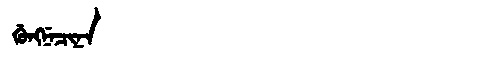
Manchu: ᡤᡠᠩᠨᡝᠴᡳᠨᠠ
Romanization: GUNGNECINA